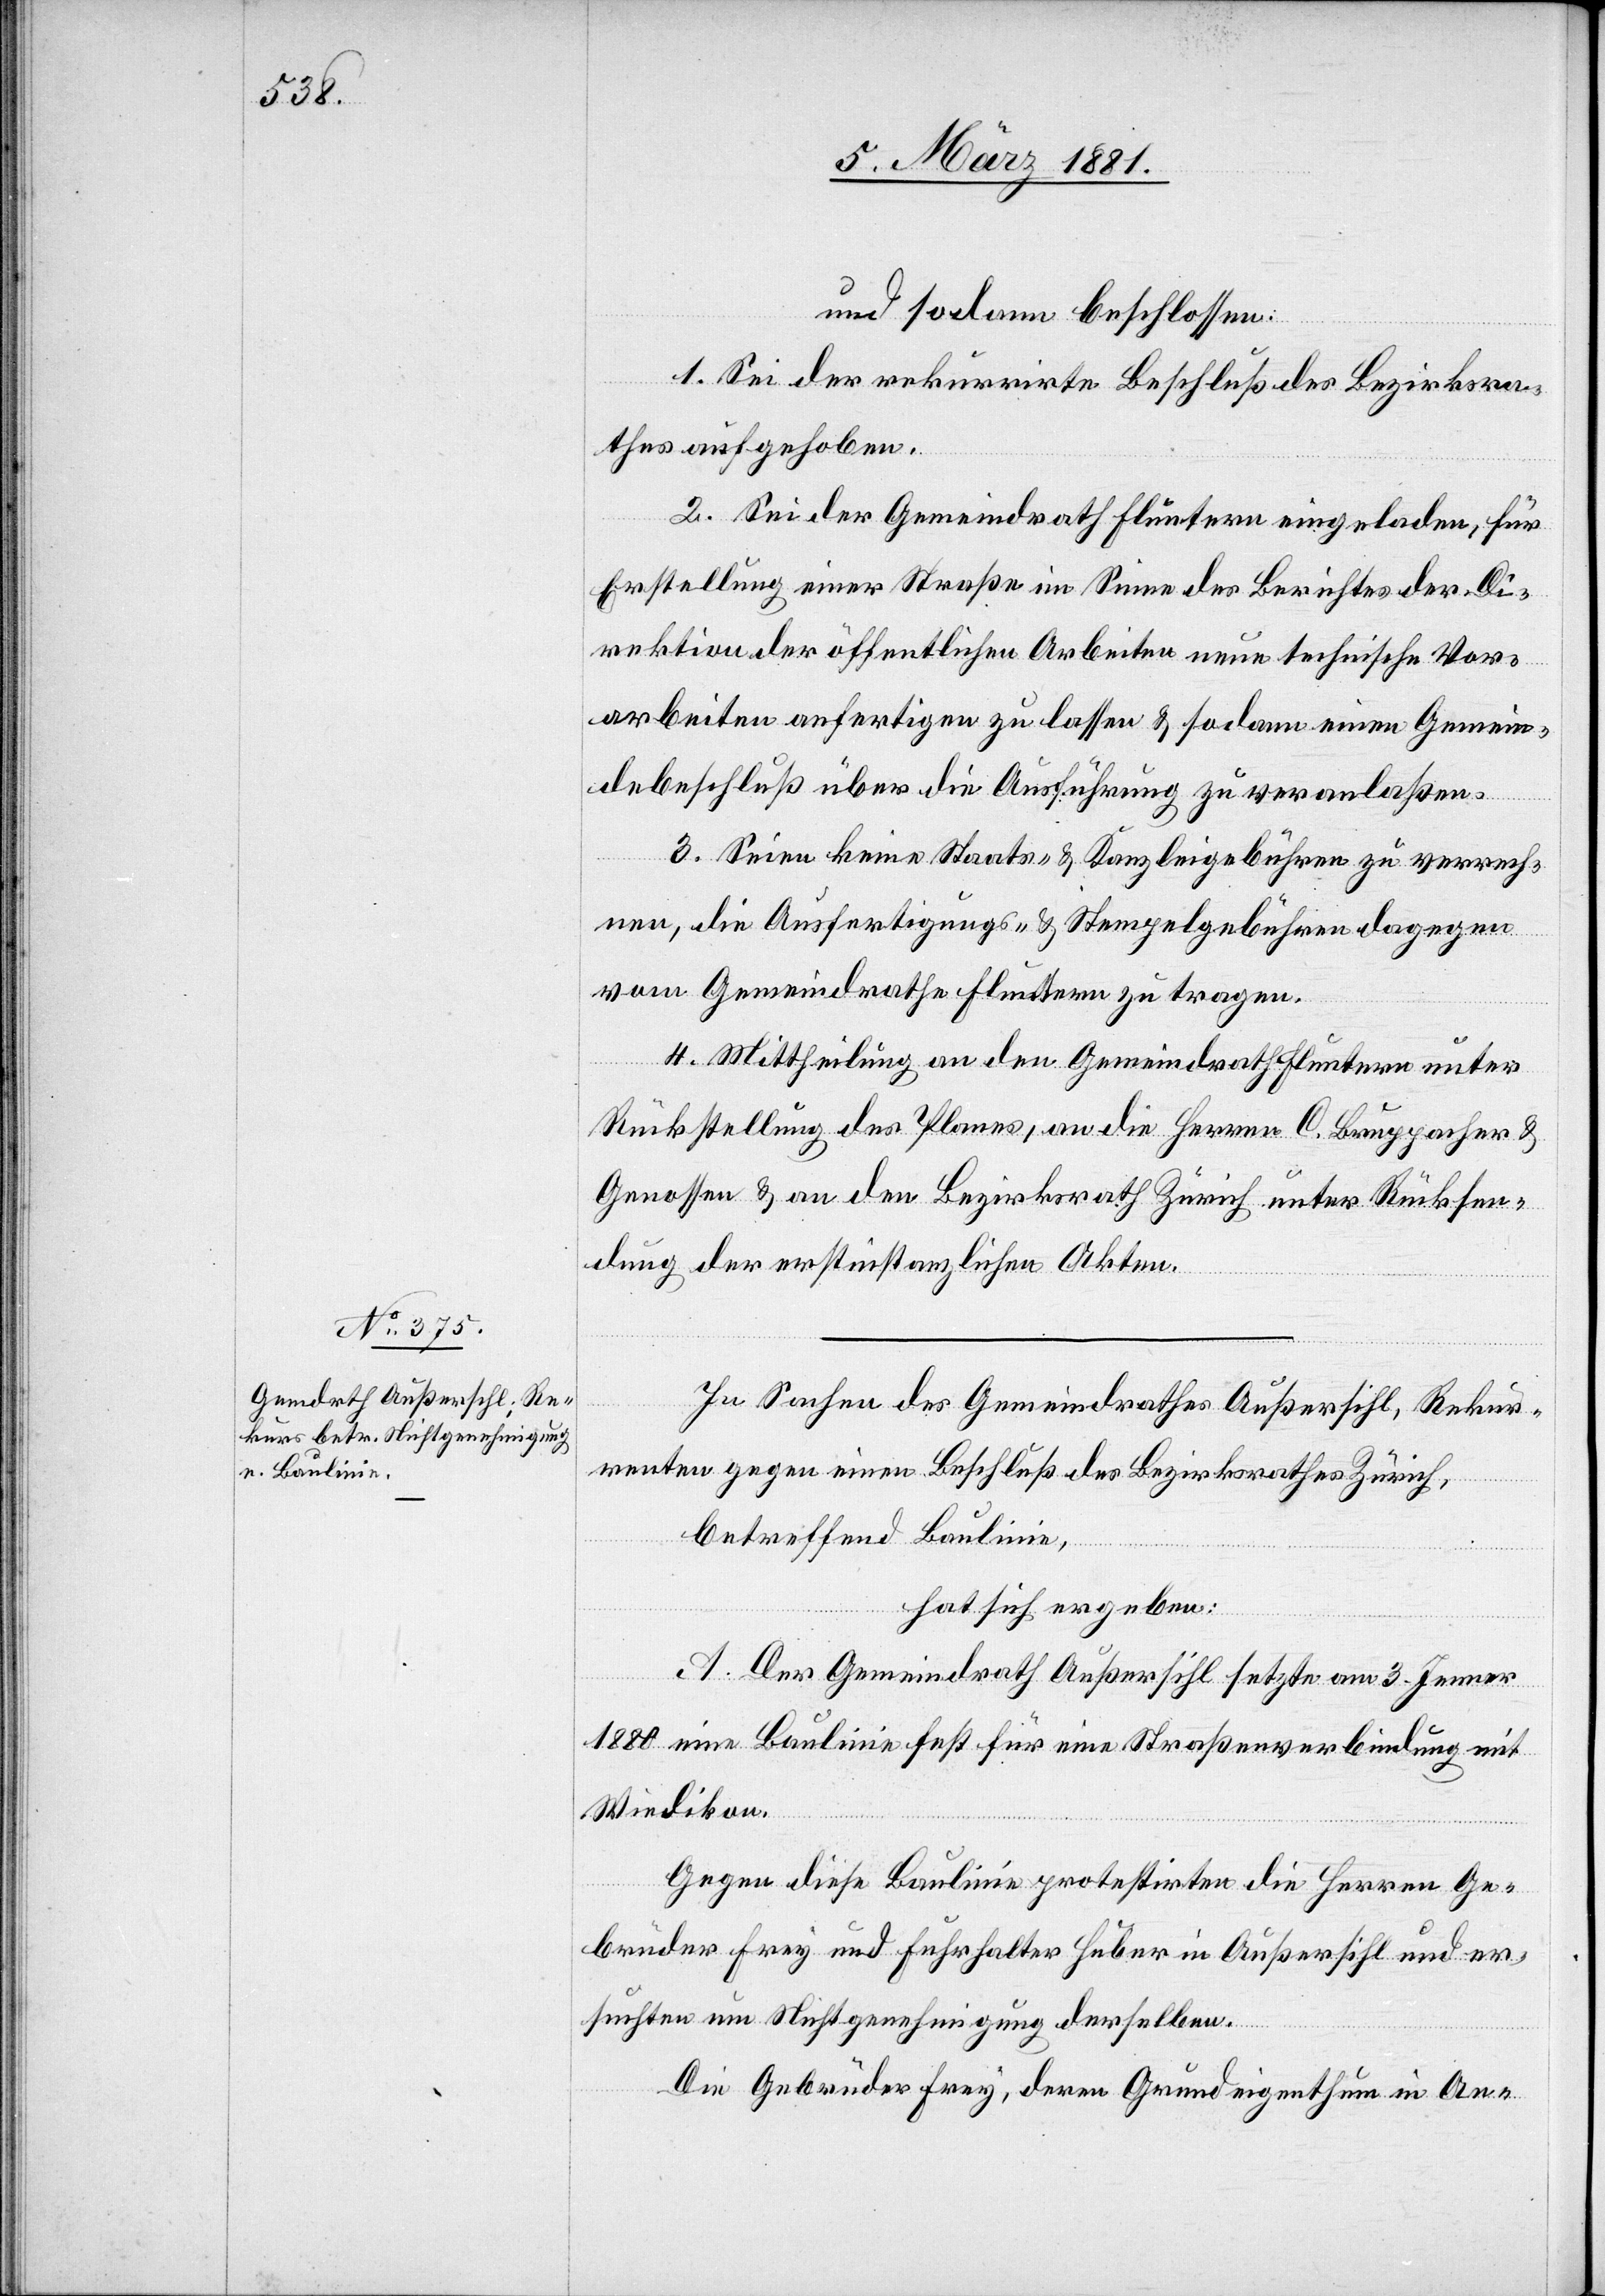
und sodann beschlossen:
1. Sei der rekurrirte Beschluß des Bezirksra¬
thes aufgehoben.
2. Sei der Gemeindrath Fluntern eingeladen, für
Erstellung einer Straße im Sinne des Berichtes der Di¬
rektion der öffentlichen Arbeiten neue technische Vor¬
arbeiten anfertigen zu lassen & sodann einen Gemein¬
debeschluß über die Ausführung zu veranlaßen.
3. Seien keine Staats- & Kanzleigebühren zu verrech¬
nen, die Ausfertigungs- & Stempelgebühren dagegen
vom Gemeindrathe Fluntern zu tragen.
4. Mittheilung an den Gemeindrath Fluntern unter
Rückstellung des Planes, an die Herren C. Bruppacher &
Genossen & an den Bezirksrath Zürich unter Rücksen¬
dung der erstinstanzlichen Akten.
In Sachen des Gemeindrathes Außersihl, Rekur¬
renten gegen einen Beschluß des Bezirksrathes Zürich,
betreffend Baulinie,
hat sich ergeben:
A. Der Gemeindrath Außersihl setzte am 3. Jenner
1880 eine Baulinie fest für eine Straßenverbindung mit
Wiedikon.
Gegen diese Baulinie protestirten die Herren Ge¬
brüder Frey und Fuhrhalter Huber in Außersihl und er¬
suchten um Nichtgenehmigung derselben.
Die Gebrüder Frey, deren Grundeigenthum in An-